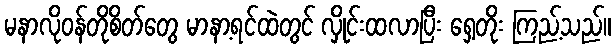
မနာလိုဝန်တိုစိတ်တွေ မာနာ့ရင်ထဲတွင် လှိုင်းထလာပြီး ရှေ့တိုး ကြည့်သည်။